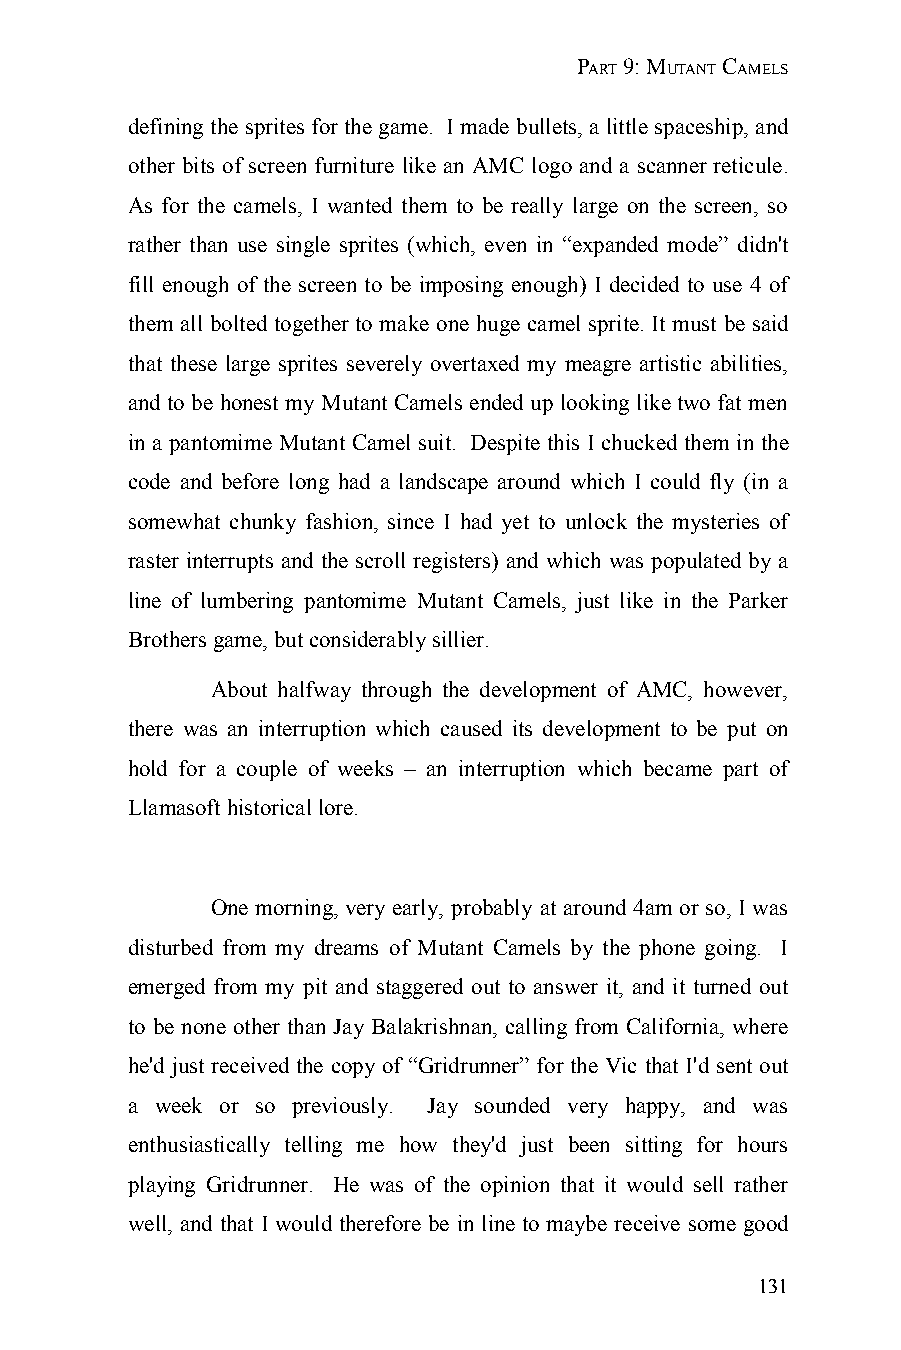
PART 9: MUTANT CAMELS
 defining the sprites for the game. I made bullets, a little spaceship, and
 other bits of screen furniture like an AMC logo and a scanner reticule.
 As for the camels, I wanted them to be really large on the screen, so
 rather than use single sprites (which, even in “expanded mode” didn't
 fill enough of the screen to be imposing enough) I decided to use 4 of
 them all bolted together to make one huge camel sprite. It must be said
 that these large sprites severely overtaxed my meagre artistic abilities,
 and to be honest my Mutant Camels ended up looking like two fat men
 in a pantomime Mutant Camel suit. Despite this I chucked them in the
 code and before long had a landscape around which I could fly (in a
 somewhat chunky fashion, since I had yet to unlock the mysteries of
 raster interrupts and the scroll registers) and which was populated by a
 line of lumbering pantomime Mutant Camels, just like in the Parker
 Brothers game, but considerably sillier.
 About halfway through the development of AMC, however,
 there was an interruption which caused its development to be put on
 hold for a couple of weeks – an interruption which became part of
 Llamasoft historical lore.
 One morning, very early, probably at around 4am or so, I was
 disturbed from my dreams of Mutant Camels by the phone going. I
 emerged from my pit and staggered out to answer it, and it turned out
 to be none other than Jay Balakrishnan, calling from California, where
 he'd just received the copy of “Gridrunner” for the Vic that I'd sent out
 a week or so previously. Jay sounded very happy, and was
 enthusiastically telling me how they'd just been sitting for hours
 playing Gridrunner. He was of the opinion that it would sell rather
 well, and that I would therefore be in line to maybe receive some good
 131